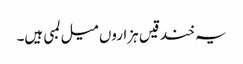
یہ خندقیں ہزاروں میل لمبی ہیں۔